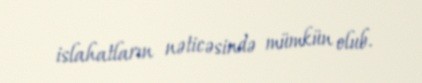
islahatların nəticəsində mümkün olub.